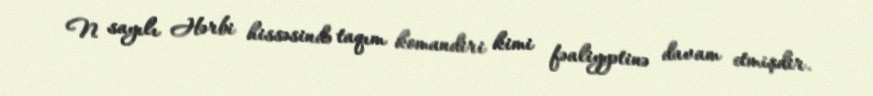
N sayılı Hərbi hissəsində taqım komandiri kimi fəaliyyətinə davam etmişdir.